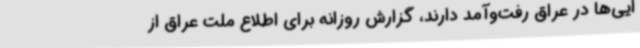
ایی‌ها در عراق رفت‌وآمد دارند، گزارش روزانه برای اطلاع ملت عراق از